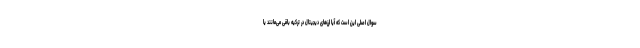
سوال اصلی این است که آیا ارزهای دیجیتال در ترکیه باقی می‌مانند یا